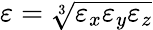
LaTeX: \varepsilon=\sqrt[3]{\varepsilon_{x}\varepsilon_{y}\varepsilon_{z}}